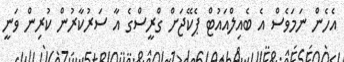
އެހެން ނަމަވެސް އެ ބެއިލްއައުޓް ޕެކޭޖަށް ގްރީސްގެ އާ ސަރުކާރުން ކުރިން ވަނީ